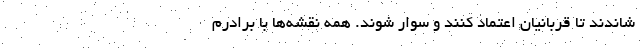
شاندند تا قربانیان اعتماد کنند و سوار شوند. همه نقشه‌ها با برادرم